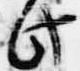
此